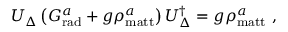
{ \cal U } _ { \Delta } \left( G _ { \mathrm { r a d } } ^ { a } + g \rho _ { \mathrm { m a t t } } ^ { a } \right) { \cal U } _ { \Delta } ^ { \dagger } = g \rho _ { \mathrm { m a t t } } ^ { a } \ ,